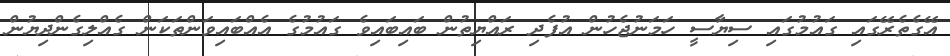
އޭގެތެރޭގައި ގައުމުގައި ސިޔާސީ ހަމަނުޖެހުން އުފެދި ރައްޔިތުން ބައިބައިވެ ގައުމުގެ އެއްބައިވަންތަކަން ގެއްލިގެންދިޔުން